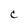
Character: C